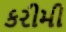
કરીમી